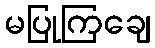
မပြုကြချေ